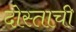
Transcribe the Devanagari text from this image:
दोस्ताची